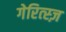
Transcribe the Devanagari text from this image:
गेरित्स्ज़